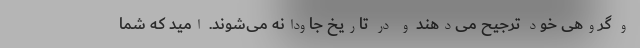
و گروهی خود ترجیح می‌دهند و در تاریخ جاودانه می‌شوند. امید که شما